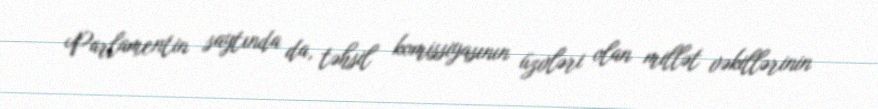
Parlamentin saytında da, təhsil komissiyasının üzvləri olan millət vəkillərinin